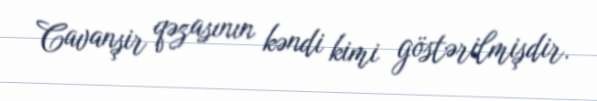
Cavanşir qəzasının kəndi kimi göstərilmişdir.